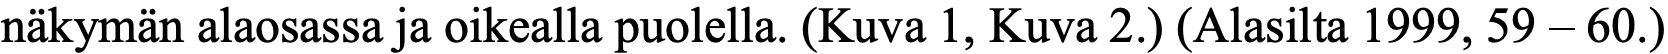
näkymän alaosassa ja oikealla puolella. (Kuva 1, Kuva 2.) (Alasilta 1999, 59 – 60.)